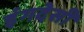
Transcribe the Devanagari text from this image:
इंगदेसी